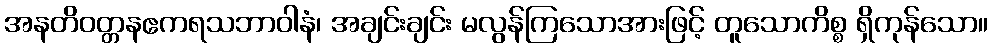
အနတိဝတ္တနဧကရသဘာဝါနံ၊ အချင်းချင်း မလွန်ကြသောအားဖြင့် တူသောကိစ္စ ရှိကုန်သော။